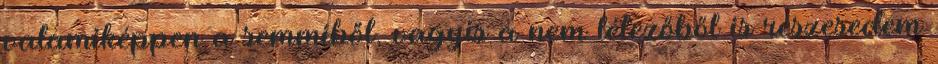
valamiképpen a semmiből, vagyis a nem létezőből is részesedem